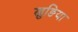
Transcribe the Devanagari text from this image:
खुङिया